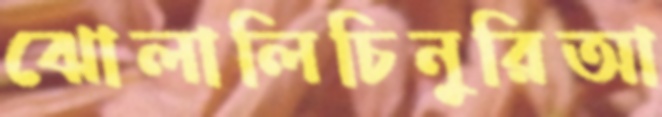
ঝোলালিচিনুরিআ